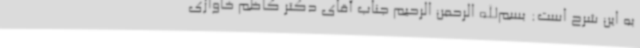
به این شرح است: بسم‌الله الرحمن الرحیم جناب آقای دکتر کاظم خاوازی